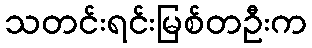
သတင်းရင်းမြစ်တဦးက